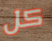
كل